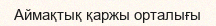
Аймақтық қаржы орталығы